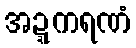
အဍ္ဍကရဏံ